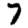
Digit: 7